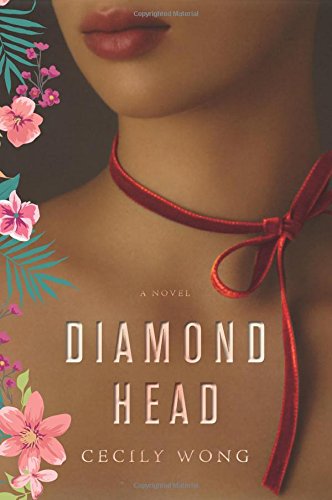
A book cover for Diamond Head: A Novel; Cecily Wong; Literature & Fiction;